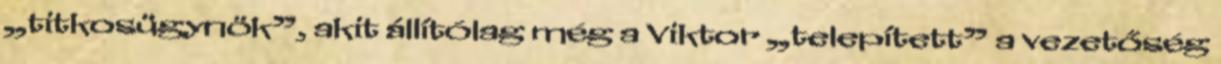
„titkosügynök”, akit ál­lítólag még a Viktor „telepített” a vezetőség